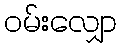
ဝမ်းလျှော